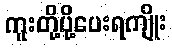
ကူးတို့ပို့ပေးရကျိုး